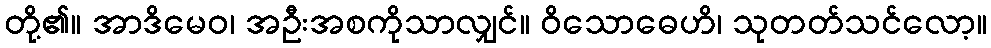
တို့၏။ အာဒိမေဝ၊ အဦးအစကိုသာလျှင်။ ဝိသောဓေဟိ၊ သုတတ်သင်လော့။